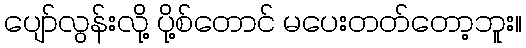
ပျော်လွန်းလို့ ပို့စ်တောင် မပေးတတ်တော့ဘူး။